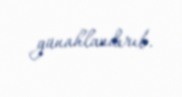
günahlandırıb.